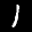
Label: 1